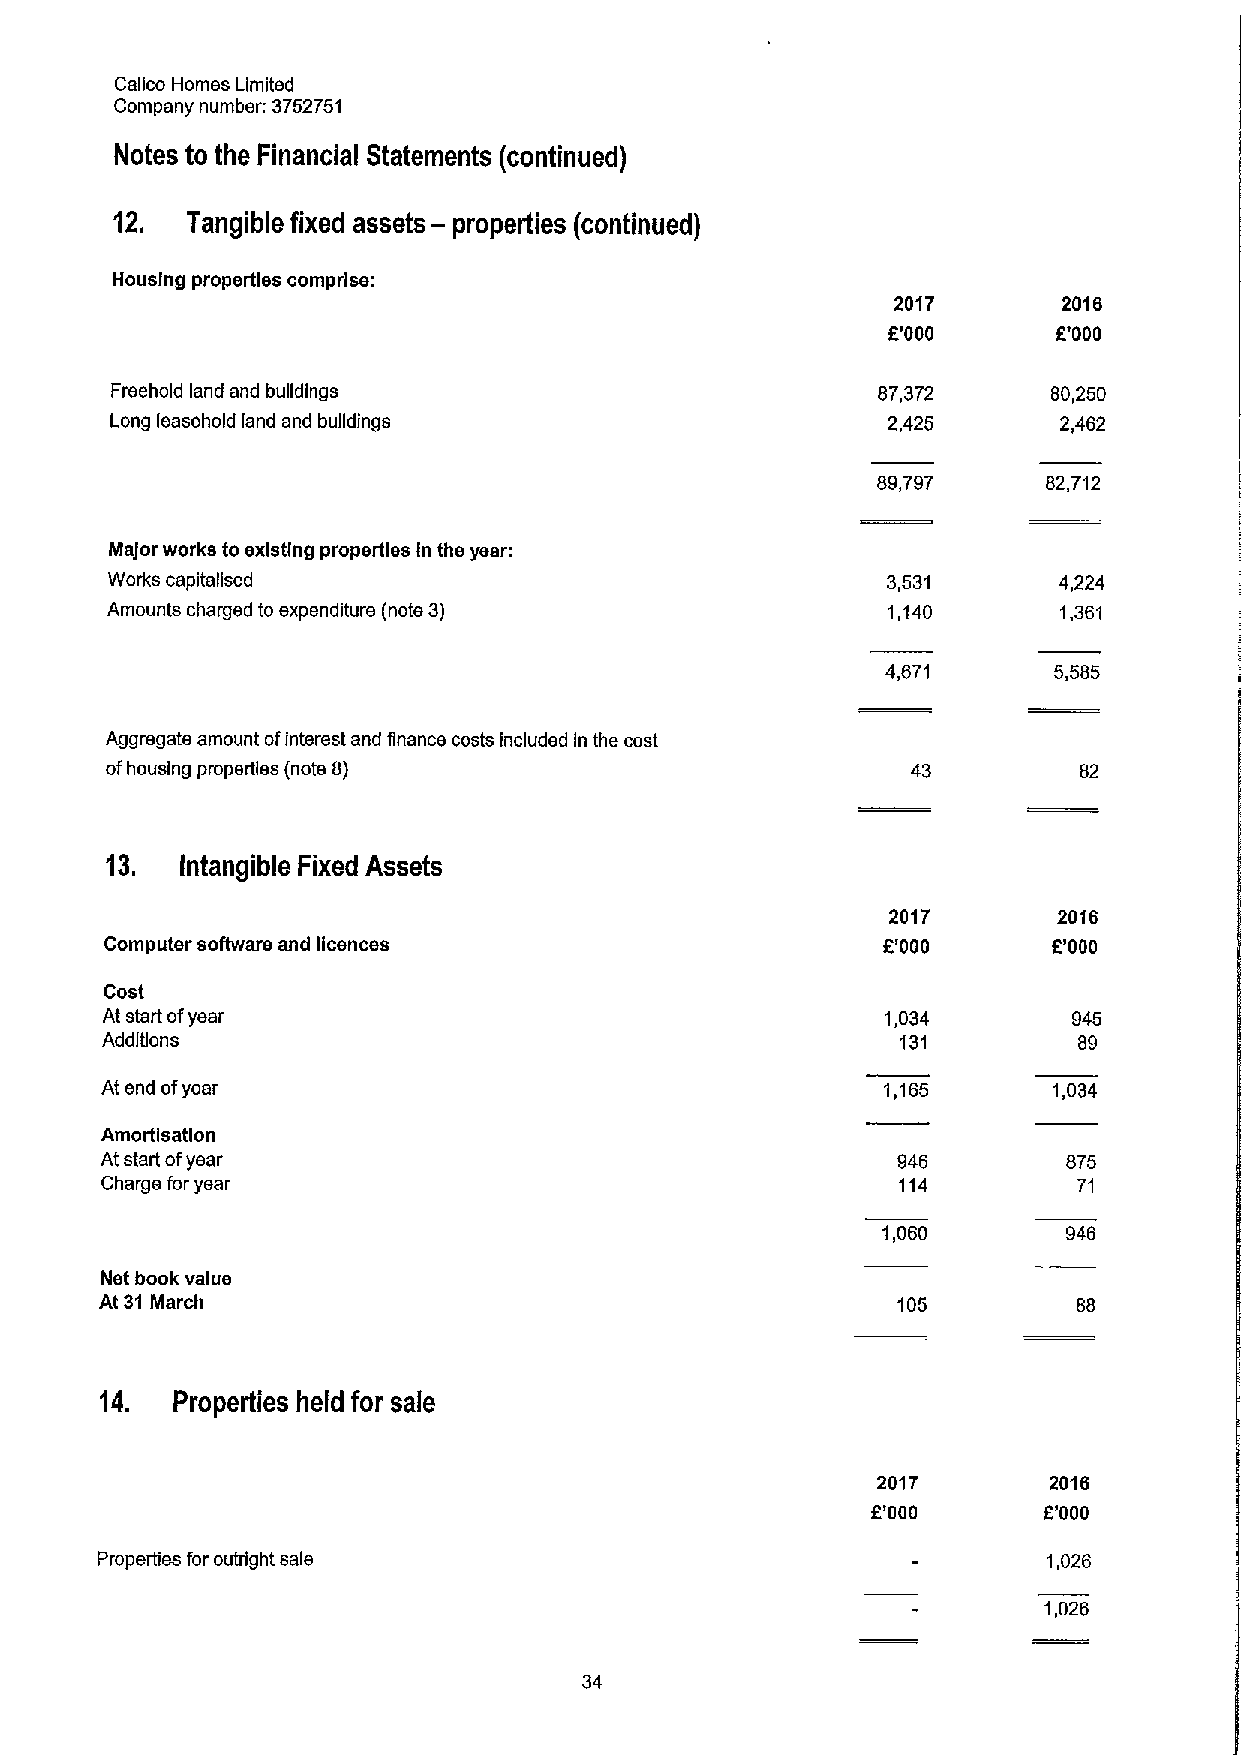
Calico Homes Limited
 Company number: 3752751
 Notes to the Financial Statements (continued)
 12.  Tangible fixed assets — properties (continued)
 Housing properties comprise:
 2017       2016
 F'000      f'000
 Freehold land and buildings                        87,372      80,250
 Long leasehold land and buildings                   2,425      2,462
 89,797     82,712
 Ma)or works to existing properties In the year:
 Works capitalised                                   3,531      4,224
 Amounts charged to expenditure (note 3)             1,140      1,361
 4,671      5,585
 Aggregate amount ofinterest and finance costs included In the cost
 ofhousing properties (note 8)                        43         82
 13.  Intangible Fixed Assets
 2017       20'l6
 Computer software and licsnces                     6'000       f.'000
 Cost
 At start ofyear                                     1,034       945
 Additions                                            131        89
 At end ofyear                                      1,165       1,034
 Amortlsatlon
 At start ofyear                                     946         875
 Charge for year                                     114         71
 1,060        946
 Net book value
 At 31 March                                         105         88
 14. Properties held for sale
 2017       2016
 f'000      6'000
 Properties for outright sale                                   1,026
 1,026
 34